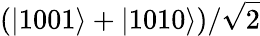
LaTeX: (\left|1001\right>+\left|1010\right>)/\sqrt{2}